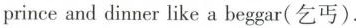
princeand dinner like a beggar(乞丐).